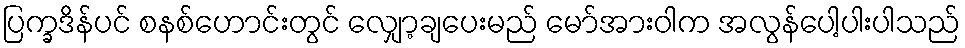
ပြက္ခဒိန်ပင် စနစ်ဟောင်းတွင် လျှော့ချပေးမည် မော်အားဝါက အလွန်ပေါ့ပါးပါသည်